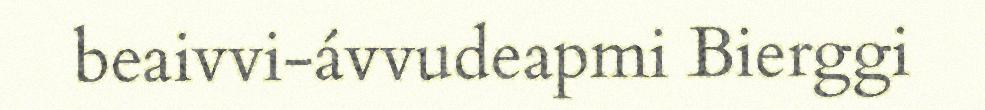
beaivvi-ávvudeapmi Bierggi